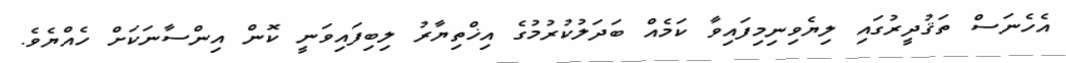
އެހެނަސް ތަޤުދީރުގައި ލިޔެވިނިމިފައިވާ ކަމެއް ބަދަލުކުރުމުގެ އިޚްތިޔާރު ލިބިފައިވަނީ ކޮން އިންސާނަކަށް ހެއްޔެވެ.